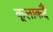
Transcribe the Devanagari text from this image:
कूलाकदै